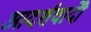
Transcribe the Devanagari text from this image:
आदर्शवादीें